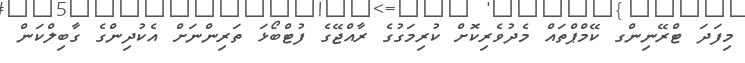
މިފަދަ ޓްރޭނިންގ ކޭމްޕްތައް މެދުވެރިކޮށް ކުރިމަގުގެ ރާއްޖޭގެ ފުޓްބޯޅަ ތަރިންނަށް އެކުދިންގެ ގާބިލްކަން